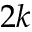
2 k